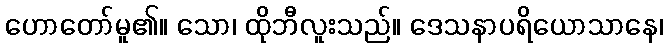
ဟောတော်မူ၏။ သော၊ ထိုဘီလူးသည်။ ဒေသနာပရိယောသာနေ၊